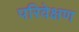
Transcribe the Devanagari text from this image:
परिवेक्षण